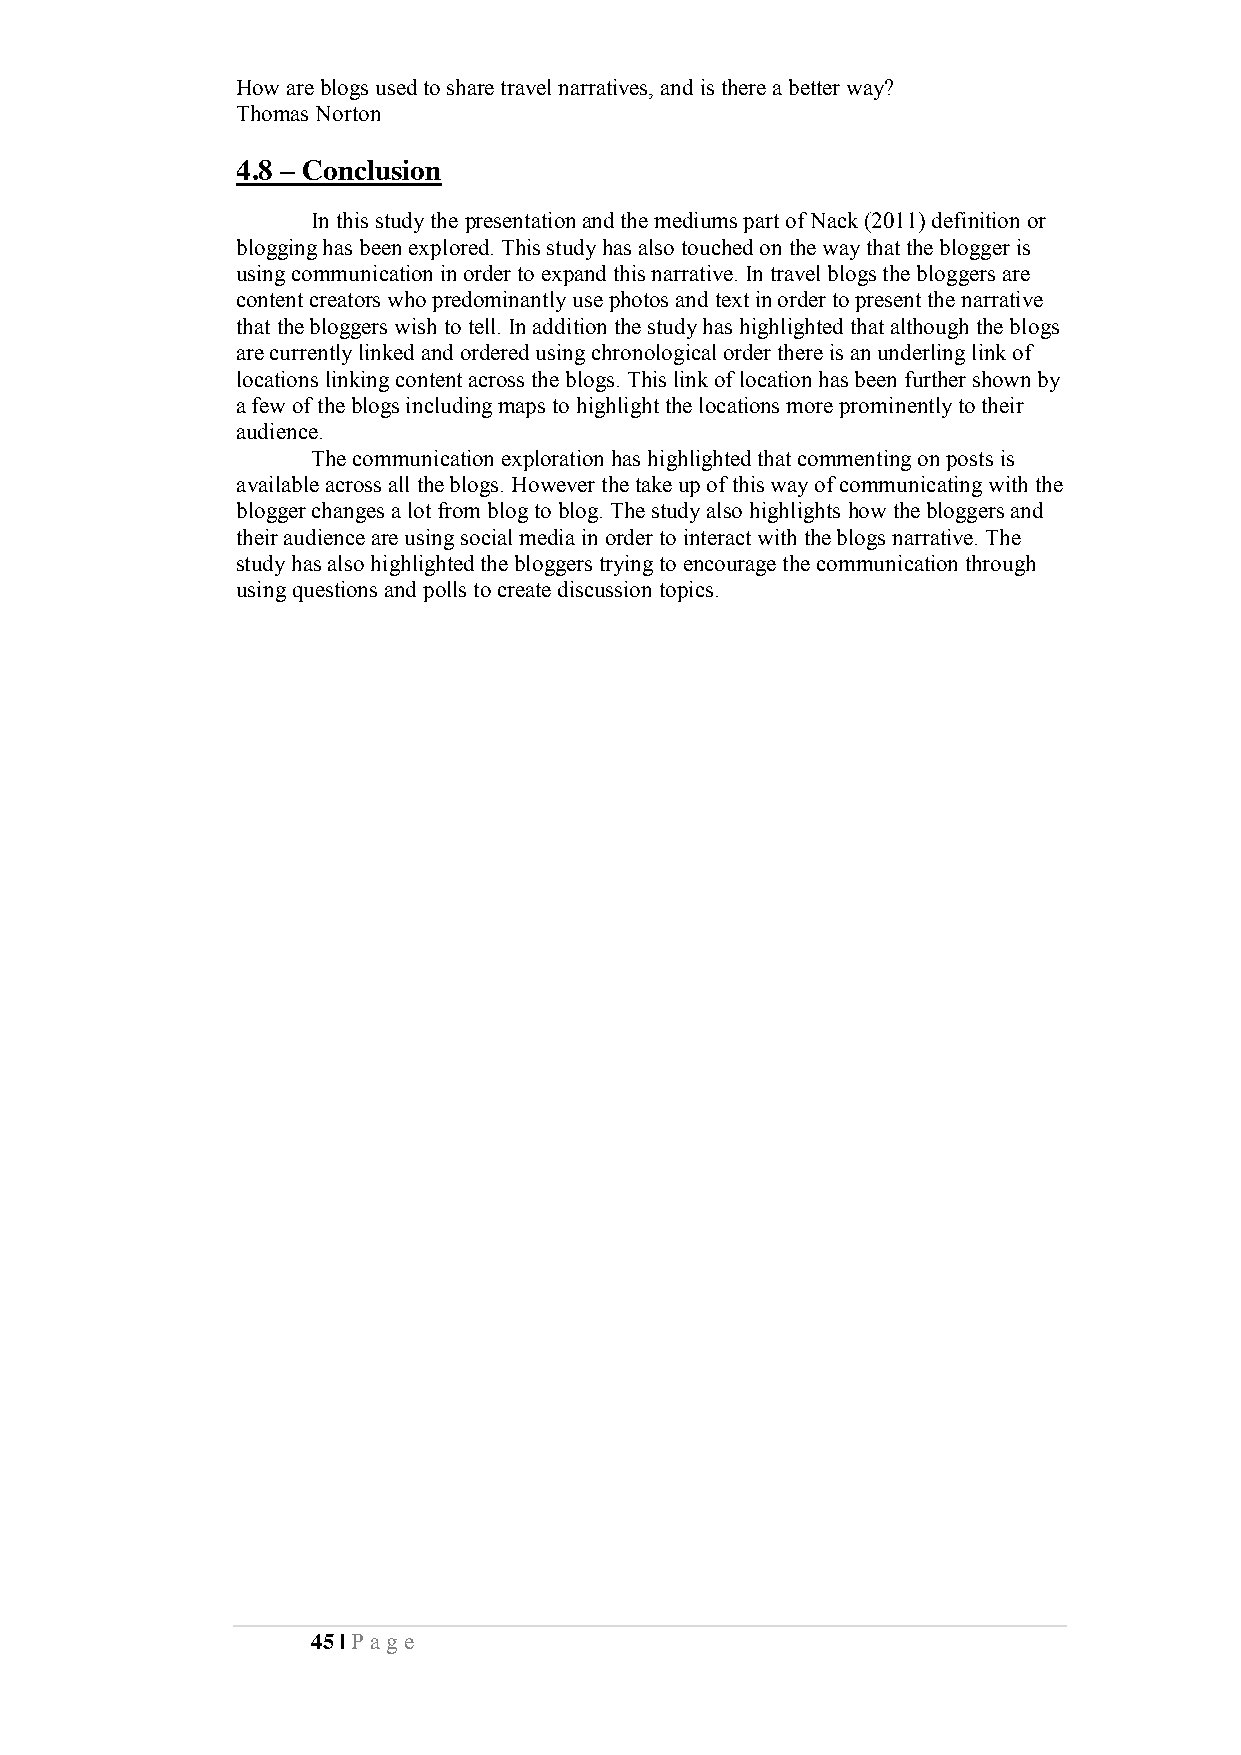
How are blogs used to share travel narratives, and is there a better way?
 Thomas Norton
 4.8 – Conclusion
 In this study the presentation and the mediums part of Nack (2011) definition or
 blogging has been explored. This study has also touched on the way that the blogger is
 using communication in order to expand this narrative. In travel blogs the bloggers are
 content creators who predominantly use photos and text in order to present the narrative
 that the bloggers wish to tell. In addition the study has highlighted that although the blogs
 are currently linked and ordered using chronological order there is an underling link of
 locations linking content across the blogs. This link of location has been further shown by
 a few of the blogs including maps to highlight the locations more prominently to their
 audience.
 The communication exploration has highlighted that commenting on posts is
 available across all the blogs. However the take up of this way of communicating with the
 blogger changes a lot from blog to blog. The study also highlights how the bloggers and
 their audience are using social media in order to interact with the blogs narrative. The
 study has also highlighted the bloggers trying to encourage the communication through
 using questions and polls to create discussion topics.
 45 | Pa ge